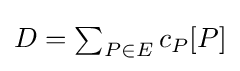
{\textstyle D=\sum _{P\in E}{c_{P}[P]}}